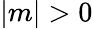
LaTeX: |m|>0